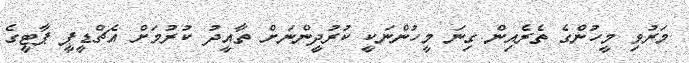
މަރުވި މީހުންގެ ތެރެއިން ގިނަ މީހުންނަކީ ކުރުދީންނަށް ތާއީދު ކުރުމަށް އެޗްޑީޕީ ޕާޓީގެ